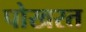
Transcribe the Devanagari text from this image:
पोखरत